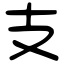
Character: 支